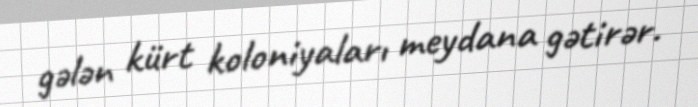
gələn kürt koloniyaları meydana gətirər.